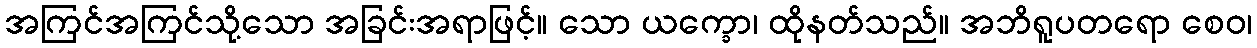
အကြင်အကြင်သို့သော အခြင်းအရာဖြင့်။ သော ယက္ခော၊ ထိုနတ်သည်။ အဘိရူပတရော စေဝ၊